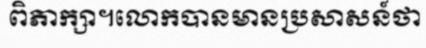
ពិភាក្សា។លោកបានមានប្រសាសន៍ថា